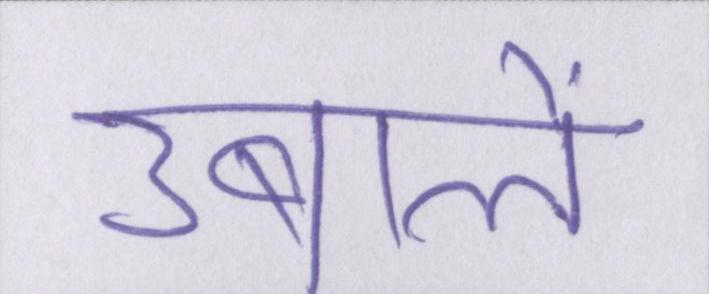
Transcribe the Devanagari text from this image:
उबालें